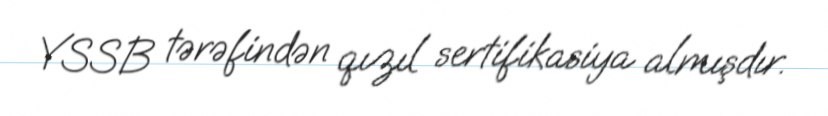
YSSB tərəfindən qızıl sertifikasiya almışdır.